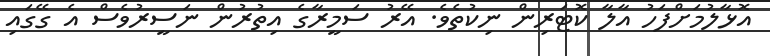
އޮޅާލުމަށްފަހު އާލާ ކޮޓަރިން ނިކުތެވެ. އޭރު ސަމީރާގެ އިތުރުން ނަސީރުވެސް އެ ގޭގައި